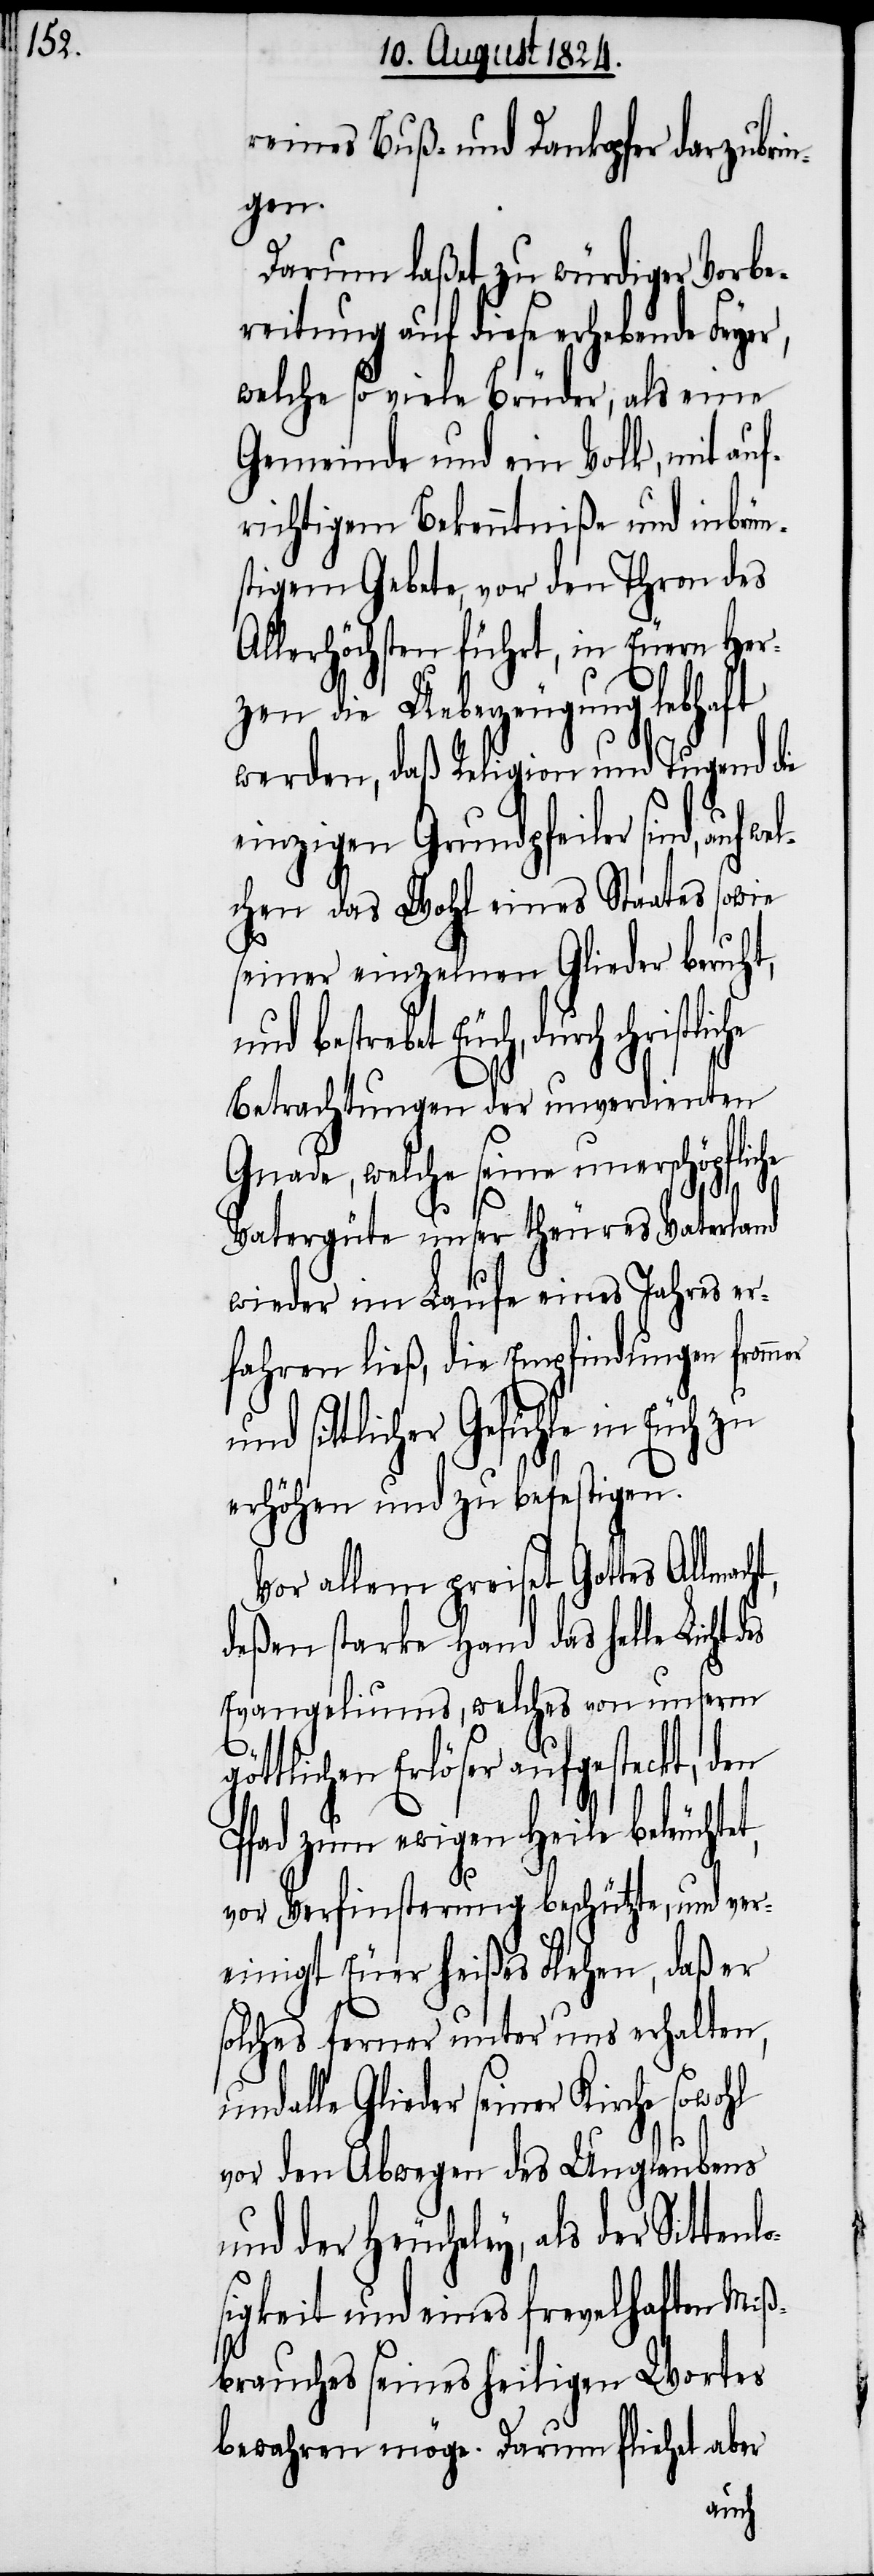
Buß- und Dankopfer darzubrin¬
gen.
Darum laßet zu würdiger Vorbe¬
reitung auf diese erhebende Feyer,
welche so viele Brüder, als eine
Gemeinde und ein Volk, mit auf¬
richtigem Bekenntniße und inbrün¬
stigem Gebete, vor den Thron des
Allerhöchsten führt, in Euern Her¬
zen die Ueberzeugung lebhaft
werden, daß Religion und Tugend die
einzigen Grundpfeiler sind, auf
chen das Wohl eines Staates sowie
seiner einzelnen Glieder beruht,
und bestrebet Euch, durch
Betrachtungen der unverdienten
Gnade, welche seine unerschöpfliche
tenlo¬
er
Vatergüte unser theures Vaterland
wieder im Laufe eines Jahres er¬
fahren ließ, die Empfindungen fromm¬
sittlicher Gefühle in Euch
erhöhen und zu befestigen.
Vor allem preiset Gottes Allmac¬
deßen starke Hand das helle Licht
Evangeliums, welches von unserm
göttlichen Erlöser aufgesteckt, den
Pfad zum ewigen Heile beleuch¬
vor Verfinsterung beschütze, und ver¬
einigt Euer heißes Flehen, daß er
solches ferner unter uns erhalten,
alle Glieder seiner Kirche
vor den Abwegen des Unglaubens
und der Heucheley, als der Sit¬
sigkeit und eines frevelhaften Miß¬
brauches seines heiligen Wortes
bewahren möge. Darum fliehet aber